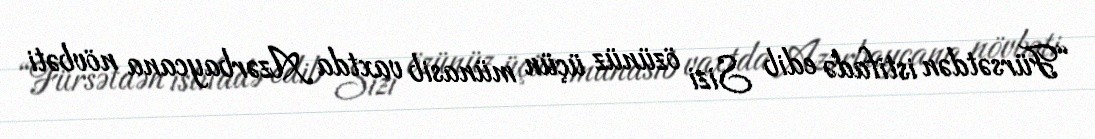
“Fürsətdən istifadə edib Sizi özünüz üçün münasib vaxtda Azərbaycana növbəti